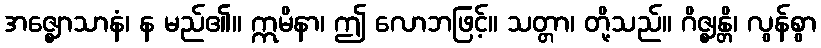
အဇ္ဈောသာနံ၊ န မည်၏။ ဣမိနာ၊ ဤ လောဘဖြင့်။ သတ္တာ၊ တို့သည်။ ဂိဇ္ဈန္တိ၊ လွန်စွာ